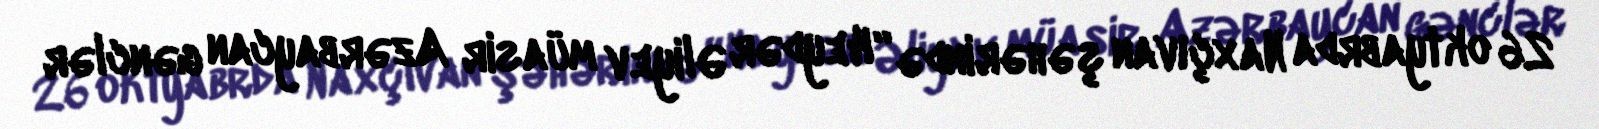
26 oktyabrda Naxçıvan şəhərində “Heydər Əliyev müasir Azərbaycan gənclər